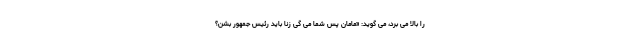
را بالا می برد، می گوید: «مامان پس شما می گی زنا باید رئیس جمهور بشن؟